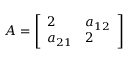
A = \left[ { \begin{array} { l l } { 2 } & { a _ { 1 2 } } \\ { a _ { 2 1 } } & { 2 } \end{array} } \right]